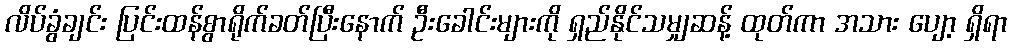
လိပ်ခွံချင်း ပြင်းထန်စွာရိုက်ခတ်ပြီးနောက် ဦးခေါင်းများကို ရှည်နိုင်သမျှဆန့် ထုတ်ကာ အသား ပျော့ ရှိရာ